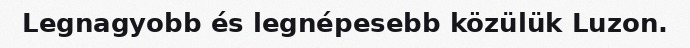
Legnagyobb és legnépesebb közülük Luzon.